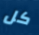
كل